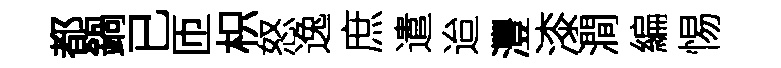
都鍋已匝枳怒逸庶遣迨灃漆澗編惕